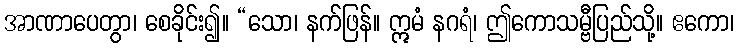
အာဏာပေတွာ၊ စေခိုင်း၍။ “သော၊ နက်ဖြန်။ ဣမံ နဂရံ၊ ဤကောသမ္ဗီပြည်သို့။ ဧကော၊